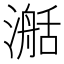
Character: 𣽰